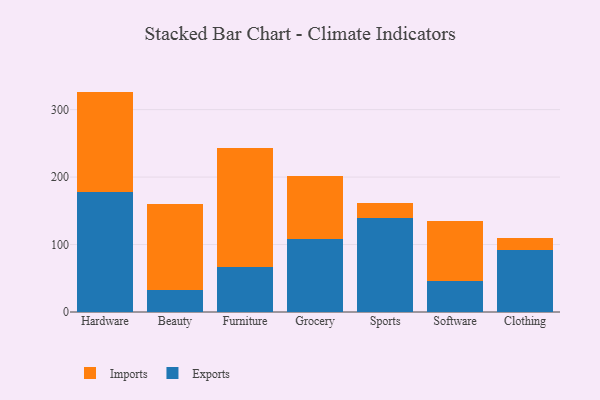
{"axis": {"x": "Category", "y": "Headcount"}, "legend": ["Exports", "Imports"], "data": [{"x": "Hardware", "y": 177.2, "type": "Exports"}, {"x": "Hardware", "y": 149.5, "type": "Imports"}, {"x": "Beauty", "y": 32.7, "type": "Exports"}, {"x": "Beauty", "y": 127.7, "type": "Imports"}, {"x": "Furniture", "y": 66.7, "type": "Exports"}, {"x": "Furniture", "y": 176.4, "type": "Imports"}, {"x": "Grocery", "y": 108.4, "type": "Exports"}, {"x": "Grocery", "y": 93.7, "type": "Imports"}, {"x": "Sports", "y": 139.4, "type": "Exports"}, {"x": "Sports", "y": 22.0, "type": "Imports"}, {"x": "Software", "y": 45.7, "type": "Exports"}, {"x": "Software", "y": 89.9, "type": "Imports"}, {"x": "Clothing", "y": 91.6, "type": "Exports"}, {"x": "Clothing", "y": 17.8, "type": "Imports"}]}